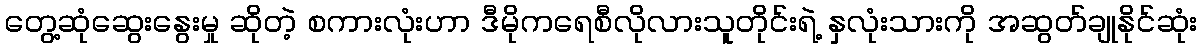
တွေ့ဆုံဆွေးနွေးမှု ဆိုတဲ့ စကားလုံးဟာ ဒီမိုကရေစီလိုလားသူတိုင်းရဲ့ နှလုံးသားကို အဆွတ်ချုနိုင်ဆုံး